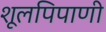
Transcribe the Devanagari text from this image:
शूलपिपाणी